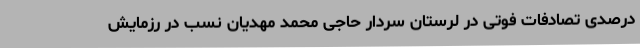
درصدی تصادفات فوتی در لرستان سردار حاجی محمد مهدیان نسب در رزمایش